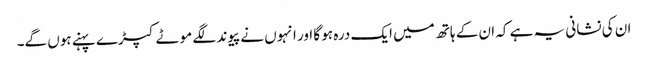
ان کی نشانی یہ ہے کہ ان کے ہاتھ میں ایک درہ ہو گا اور انہوں نے پیوند لگے موٹے کپڑے پہنے ہوں گے۔